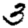
Digit: 3